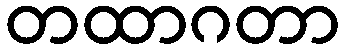
တထာဂတာ